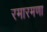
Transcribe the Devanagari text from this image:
रमारमणा